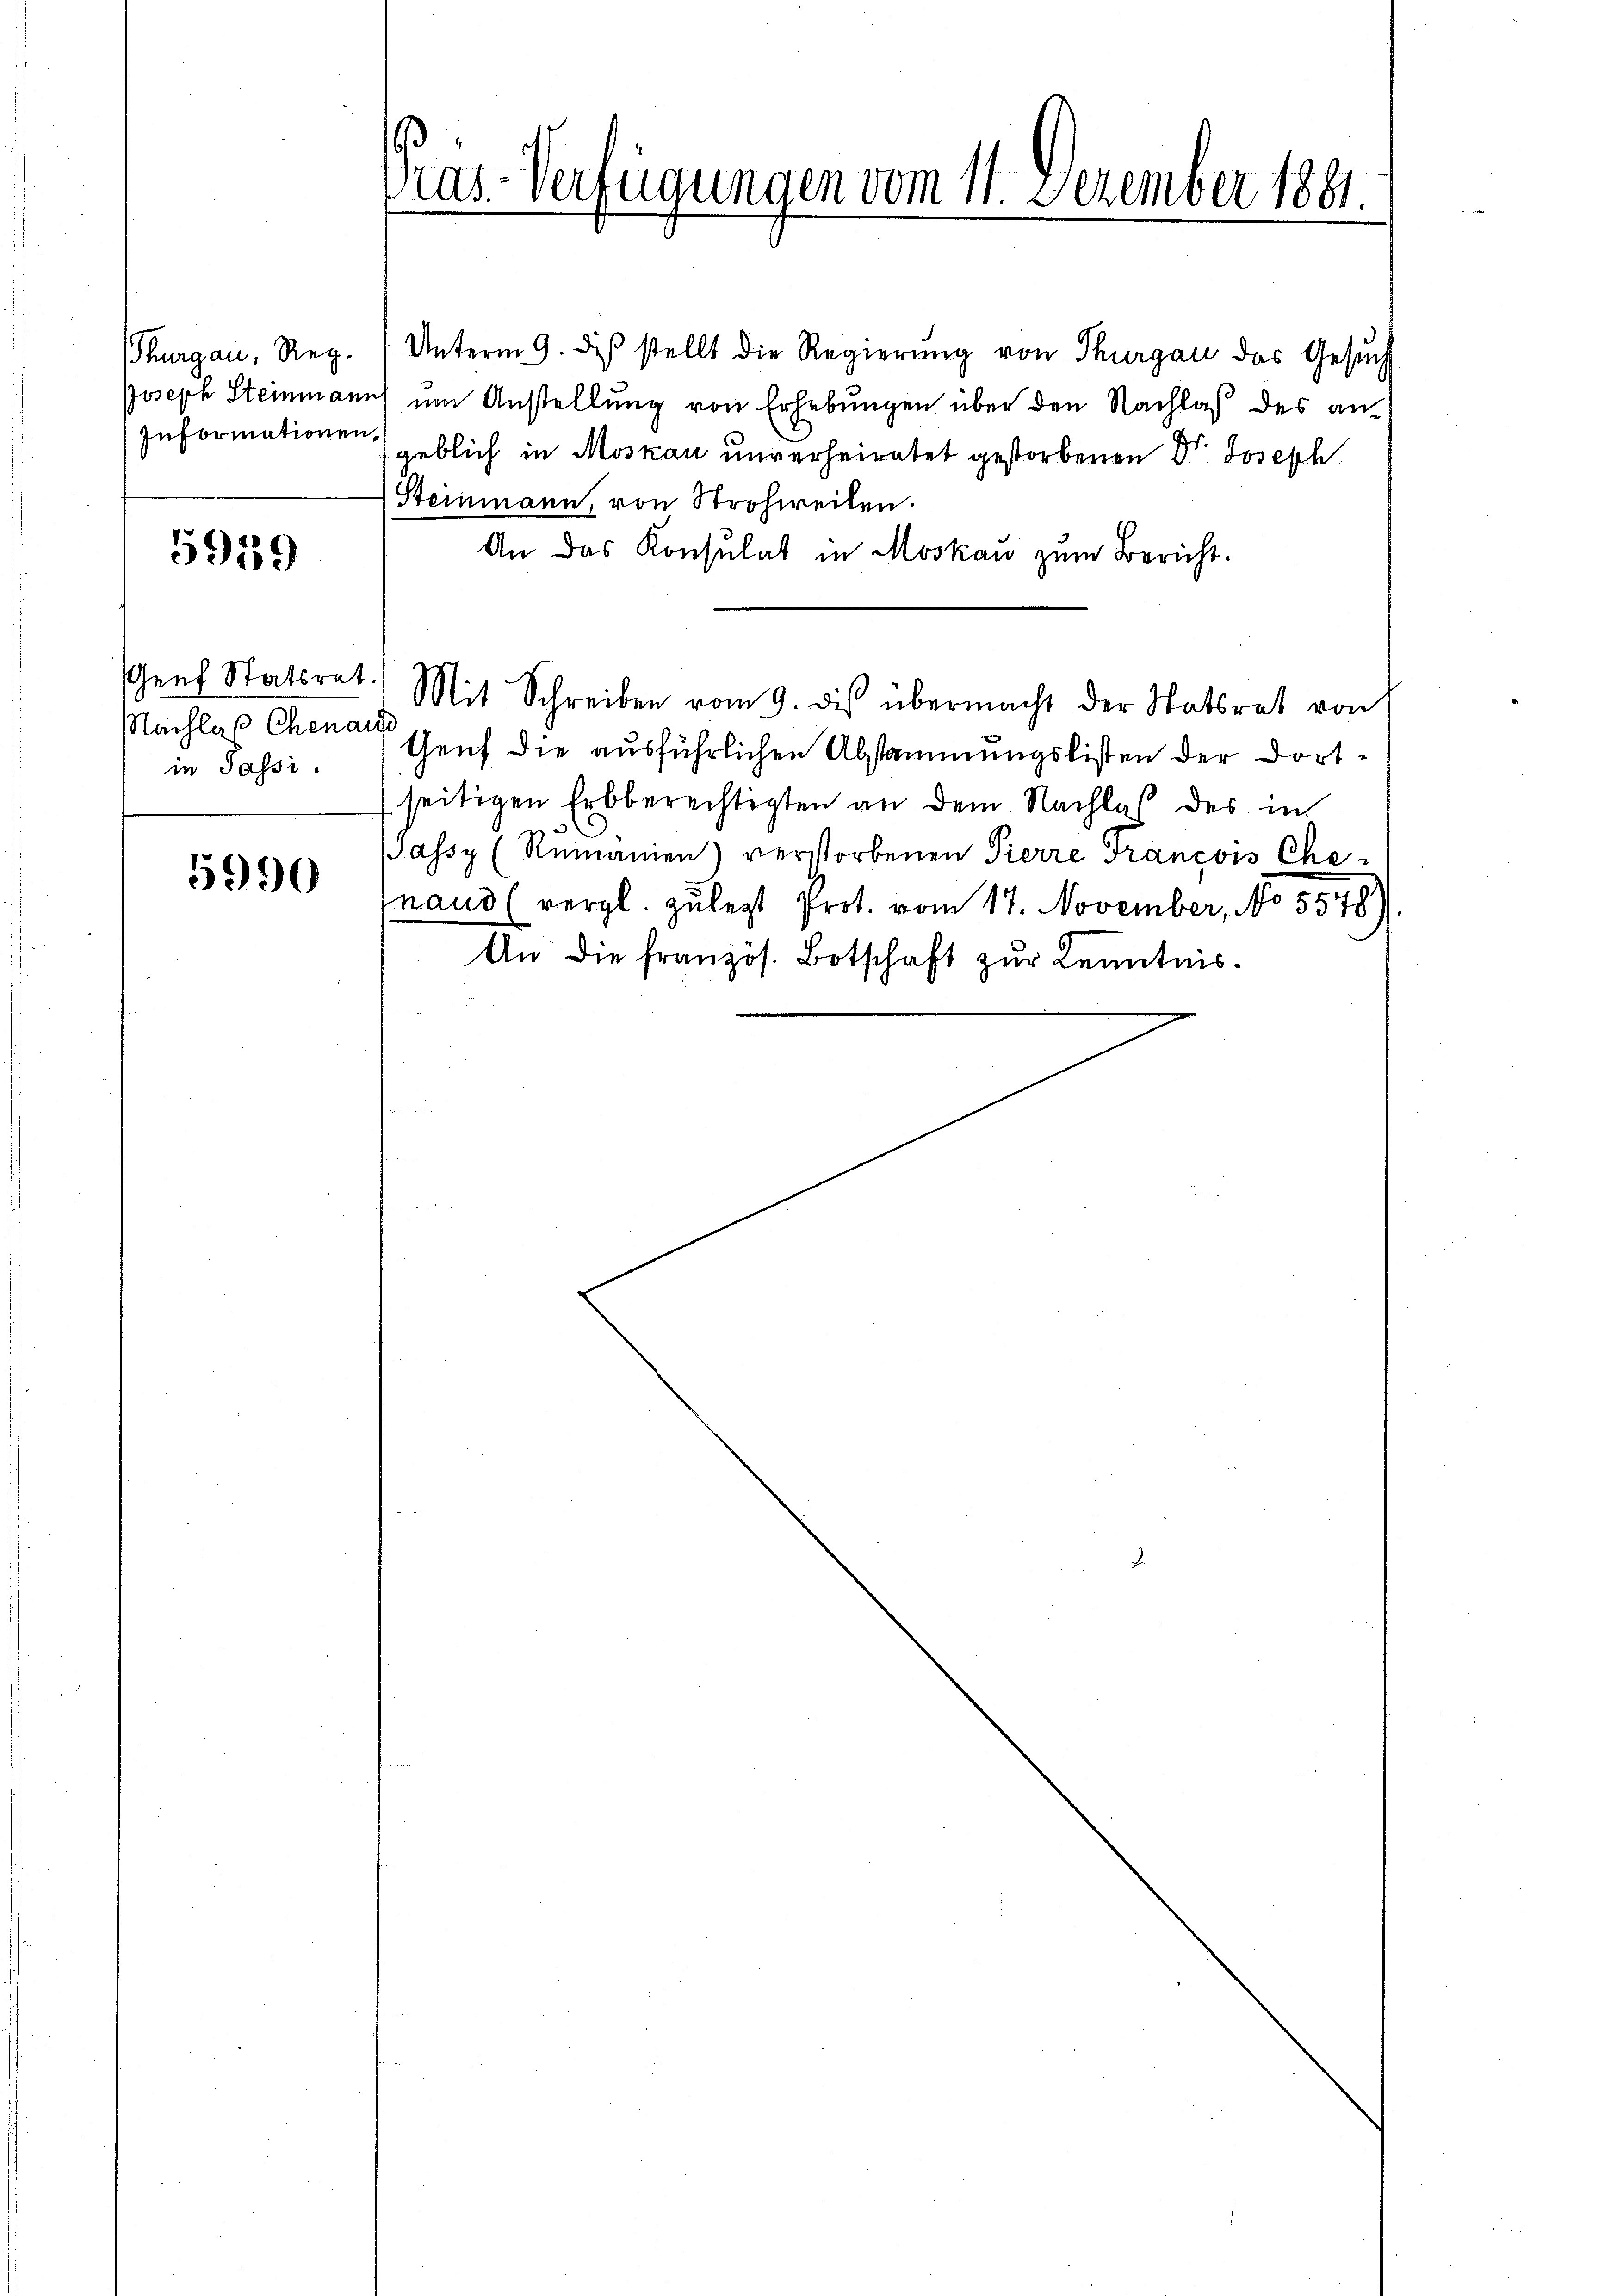
Informationen,

5919

Genf Statsrat.
Nachlaß Chenaus
in Passi

5990

Thurgau, Reg. Unterm 9. dβ stellt die Regierŭng von Thurgau das Gesŭch
Joseph Steinmanns um Anstellung von Erhebungen über den Nachlaß des angeblich in Moskau unverheiratet gestorbenen Dr. Joseph
Steinmann, von Strohweilen.
An das Konsulat in Moskau zum Bericht.
Mit Schreiben vom 9. des übermacht der Statsrat von
Genf die ausführlichen Abstammungslisten der dortseitigen Erbberechtigten an dem Nachlaß des in
passy (Rumänien) verstorbenen Pierre Francois Che-
naud (vergl. zulezt Prot. vom 17. November, No 5578)
An die französ. Botschaft zur Kenntnis¬

Pras-Verfügungen vom 11. Dezember 1861.